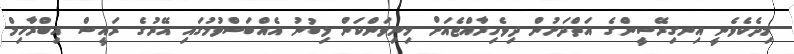
މިދެކެވެނީ އިނގިރޭސީންގެ އަތްދަށުން ދިވެހިރާއްޖެއަށް މިނިވަންކަން ލިބުނު އެއްބަސްވުމުގައި އޭރުގެ ރައީސް އިބްރާހިމް